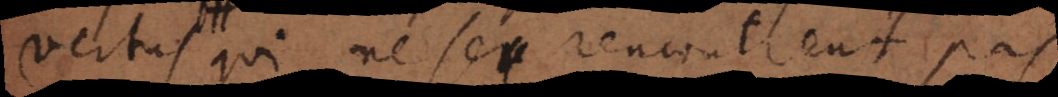
et qui ne se rencontrent pas